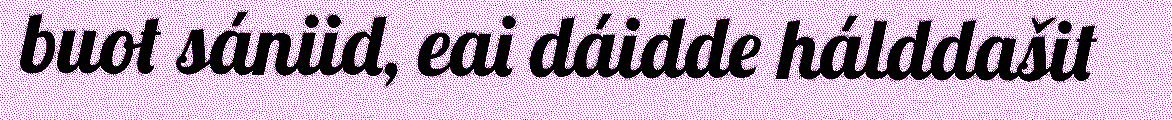
buot sániid, eai dáidde hálddašit